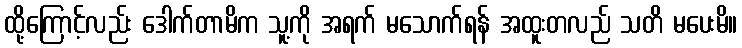
ထို့ကြောင့်လည်း ဒေါက်တာမိက သူ့ကို အရက် မသောက်ရန် အထူးတလည် သတိ မပေးမိ။